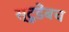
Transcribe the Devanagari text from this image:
स्टूडेंबच